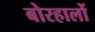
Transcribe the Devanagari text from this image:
बोरहालों